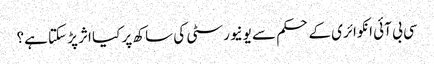
سی بی آئی انکوائری کے حکم سے یونیورسٹی کی ساکھ پر کیا اثر پڑ سکتا ہے؟